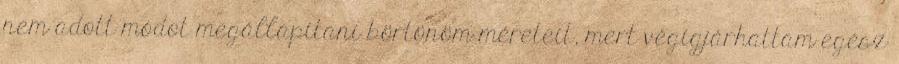
nem adott módot megállapítani börtönöm méreteit, mert végigjárhattam egész